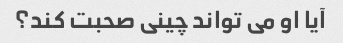
آیا او می تواند چینی صحبت کند؟